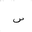
Letter: _sin